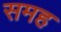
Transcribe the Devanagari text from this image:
समह